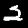
Digit: 2